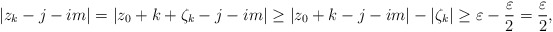
\begin{align*}|z_k - j - im| = |z_0 + k + \zeta_k - j -im| \geq |z_0 + k - j -im| - |\zeta_k| \geq \varepsilon - \frac{\varepsilon}{2} = \frac{\varepsilon}{2},\end{align*}